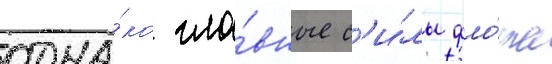
одна́ко гла́вные с'и́лы фло́та